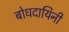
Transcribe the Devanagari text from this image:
बोधदायिनी